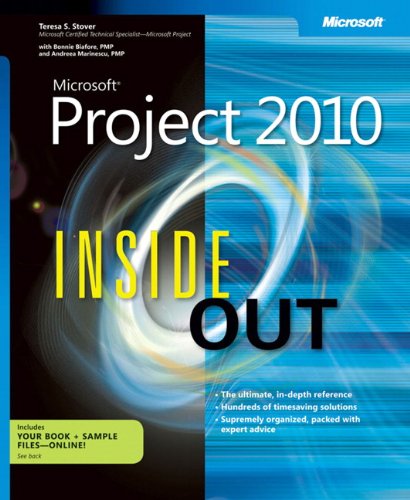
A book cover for Microsoft Project 2010 Inside Out; Teresa S. Stover; Computers & Technology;